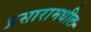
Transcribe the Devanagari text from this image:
प्रसारामधील